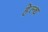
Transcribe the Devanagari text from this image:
हे़ल्थ